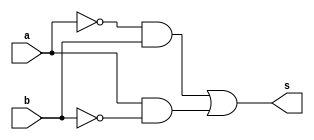
//---------------------
// Exemplo0011 - XOR
// Nome: Miguel Sousa
//---------------------

//---------------------
//--xor gate
//---------------------
module xorgate (output s,
					  input  a,
					  input  b);
  assign s = ( (~a & b)|(a & ~b) );
endmodule // xor

//---------------------
//--test xor gate
//---------------------
module testxorgate;
//-------------------------dados locais
reg a, b; // definir registradores
wire s;
			// definir conexao (fio)
//-------------------------instancia
xorgate XOR1 (s, a, b);
//-------------------------preparacao
initial begin:start
				// atribuicao simultanea
				// dos valores iniciais
 a=0; b=0; a=0; b=0;
end
//-------------------------parte principal

initial begin
	$display("Exemplo0011 - Miguel Sousa - 463985");
	$display("Test XOR gate");
	$display("\n(a & b)|(~a & ~b) = s\n");
	a=0; b=0; a=0; b=0;
#1	$display("(%b & %b)|(~%b & ~%b) = %b", a, b, a, b, s);
	a=0; b=1; a=0; b=1;
#1	$display("(%b & %b)|(~%b & ~%b) = %b", a, b, a, b, s);
	a=1; b=0; a=1; b=0;
#1	$display("(%b & %b)|(~%b & ~%b) = %b", a, b, a, b, s);
	a=1; b=1; a=1; b=1;
#1	$display("(%b & %b)|(~%b & ~%b) = %b", a, b, a, b, s);
end

endmodule // testxorgate